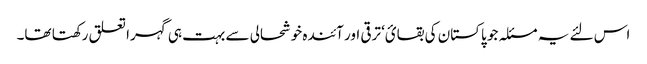
اس لئے یہ مسئلہ جو پاکستان کی بقائ‘ ترقی اور آئندہ خوشحالی سے بہت ہی گہرا تعلق رکھتا تھا۔